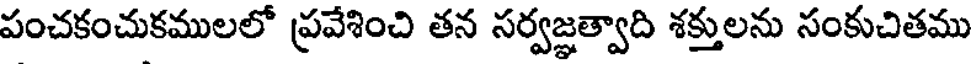
పంచకంచుకములలో ప్రవేశించి తన సర్వజ్ఞత్వాది శక్తులను సంకుచితము